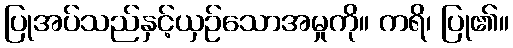
ပြုအပ်သည်နှင့်ယှဉ်သောအမှုကို။ ကရိ၊ ပြု၏။